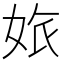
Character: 𡜅